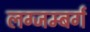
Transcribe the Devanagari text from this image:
लग्जम्बर्ग